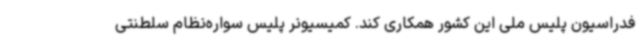
فدراسیون پلیس ملی این کشور همکاری کند. کمیسیونر پلیس سواره‌نظام سلطنتی